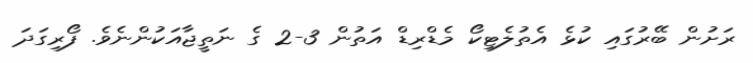
ރަށުން ބޭރުގައި ކުޅެ އެތުލެޓިކޯ މެޑްރިޑް އަތުން 3-2 ގެ ނަތީޖާއަކުންނެވެ. ފޯރިގަދަ